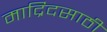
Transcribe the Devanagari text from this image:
माद्रिदसाठी